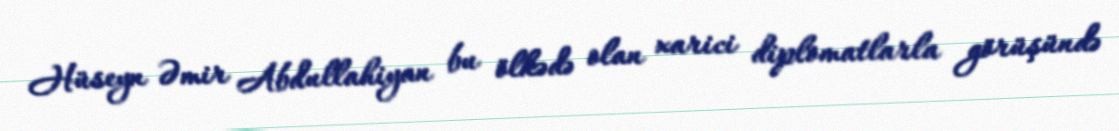
Hüseyn Əmir Abdullahiyan bu ölkədə olan xarici diplomatlarla görüşündə